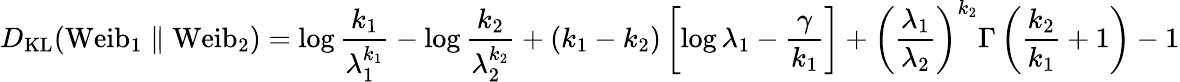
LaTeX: D_{\mathrm{KL}}(\mathrm{Weib}_{1}\parallel\mathrm{Weib}_{2})=\log{\frac{k_{1}}{\lambda_{1}^{k_{1}}}}-\log{\frac{k_{2}}{\lambda_{2}^{k_{2}}}}+(k_{1}-k_{2})\left[\log\lambda_{1}-{\frac{\gamma}{k_{1}}}\right]+\left({\frac{\lambda_{1}}{\lambda_{2}}}\right)^{k_{2}}\Gamma\left({\frac{k_{2}}{k_{1}}}+1\right)-1